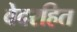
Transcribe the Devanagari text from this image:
वेदरहित